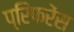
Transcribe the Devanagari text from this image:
प्रिफरेंस